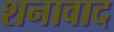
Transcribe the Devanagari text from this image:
शनावाद